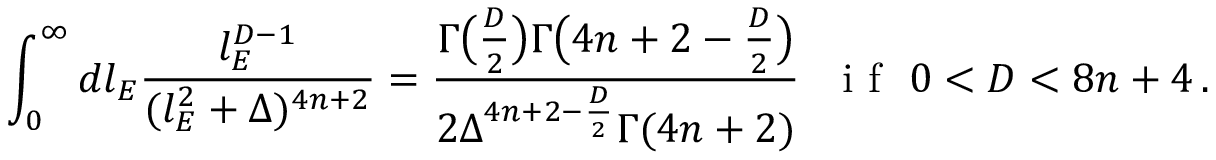
\int _ { 0 } ^ { \infty } d l _ { E } \frac { l _ { E } ^ { D - 1 } } { ( l _ { E } ^ { 2 } + \Delta ) ^ { 4 n + 2 } } = \frac { \Gamma \big ( \frac { D } { 2 } \big ) \Gamma \big ( 4 n + 2 - \frac { D } { 2 } \big ) } { 2 \Delta ^ { 4 n + 2 - \frac { D } { 2 } } \Gamma ( 4 n + 2 ) } \, \, \, \, \mathrm { ~ i ~ f ~ } \, \, 0 < D < 8 n + 4 \, .